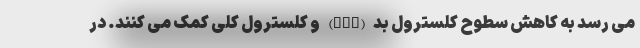
می رسد به کاهش سطوح کلسترول بد (LDL) و کلسترول کلی کمک می کنند. در